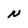
Character: N